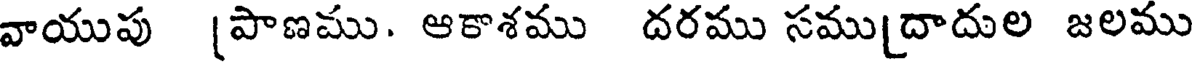
వాయుపు [పాణము. ఆకాశము దరము సము[దాదుల జలము